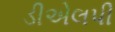
ડીએલપી